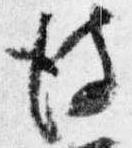
彼